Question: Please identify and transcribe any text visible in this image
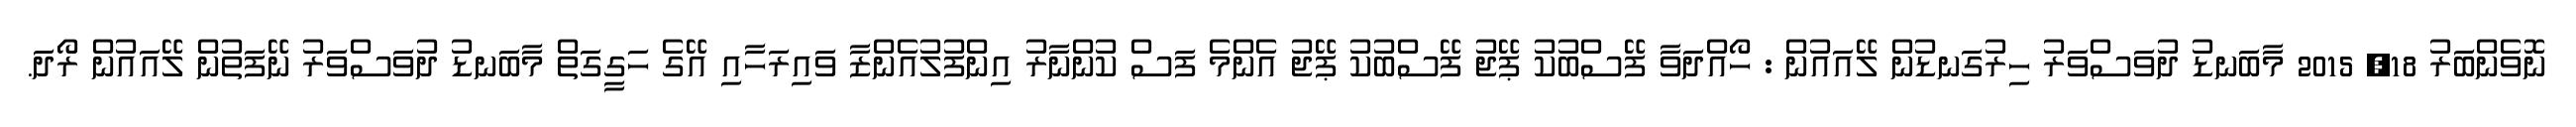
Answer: ނޮވެންބަރު 18, 2015 މާބަނޑު ދުވަސްވަރު ހިރުގަނޑުން ލޭއައުން : ހޯއްދަވާ ފޭސްބުކު ޕޭޖު ފޭސްބުކު ޕޭޖު އެންމެ ފަސް ކުންނާރު އިންފުލުއެންޒާ ވައިރަހާއި އޭގެ ހަގީގަތް މާބަނޑު ދުވަސްވަރު ނޭފަތުން ލޭއައުން ރޯދަ.